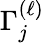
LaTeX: \Gamma_{j}^{(\ell)}